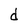
Character: d